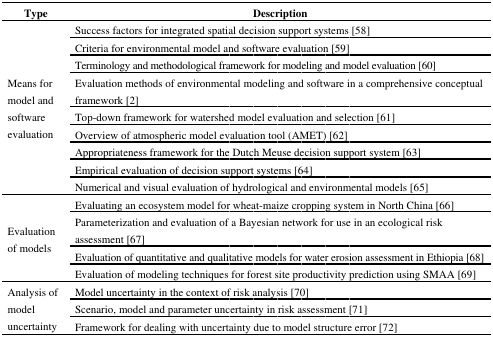
<table><thead><tr><td><b>Type</b></td><td><b>Description</b></td></tr></thead><tbody><tr><td rowspan="9">Means for model and software evaluation</td><td>Success factors for integrated spatial decision support systems [58]</td></tr><tr><td>Criteria for environmental model and software evaluation [59]</td></tr><tr><td>Terminology and methodological framework for modeling and model evaluation [60]</td></tr><tr><td>Evaluation methods of environmental modeling and software in a comprehensive conceptual framework [2]</td></tr><tr><td>Top-down framework for watershed model evaluation and selection [61]</td></tr><tr><td>Overview of atmospheric model evaluation tool (AMET) [62]</td></tr><tr><td>Appropriateness framework for the Dutch Meuse decision support system [63]</td></tr><tr><td>Empirical evaluation of decision support systems [64]</td></tr><tr><td>Numerical and visual evaluation of hydrological and environmental models [65]</td></tr><tr><td rowspan="4">Evaluation of models</td><td>Evaluating an ecosystem model for wheat-maize cropping system in North China [66]</td></tr><tr><td>Parameterization and evaluation of a Bayesian network for use in an ecological risk assessment [67]</td></tr><tr><td>Evaluation of quantitative and qualitative models for water erosion assessment in Ethiopia [68]</td></tr><tr><td>Evaluation of modeling techniques for forest site productivity prediction using SMAA [69]</td></tr><tr><td rowspan="3">Analysis of model uncertainty</td><td>Model uncertainty in the context of risk analysis [70]</td></tr><tr><td>Scenario, model and parameter uncertainty in risk assessment [71]</td></tr><tr><td>Framework for dealing with uncertainty due to model structure error [72]</td></tr></tbody></table>